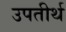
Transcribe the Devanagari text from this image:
उपतीर्थ